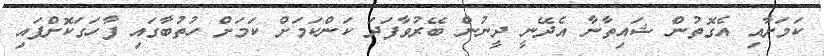
ކަމަށާއި އެގޮތުން ޝައިތާނާ އެދޭނީ ދީނުން ބޭރުވާފަދަ ކަންކަމަށް ކަމަށް ހުތުބާގައި ފާހަގަކޮށްފައި